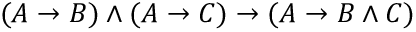
( A \to B ) \land ( A \to C ) \to ( A \to B \land C )